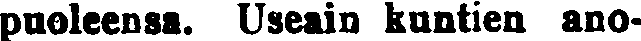
puoleensa. Useain kuntien ano-